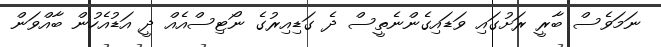
ނަމަވެސް ބާރީ ރަށުގައި ވަޑައިގެންނެތީސް ދެ ގަޑިއިރުގެ ނޯޓިސްއެއް ދީ އަޑުއެހުން ބާއްވަން